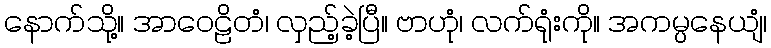
နောက်သို့။ အာဝေဠိတံ၊ လှည့်ခဲ့ပြီ။ ဗာဟုံ၊ လက်ရုံးကို။ အကမ္ပနေယျံ၊